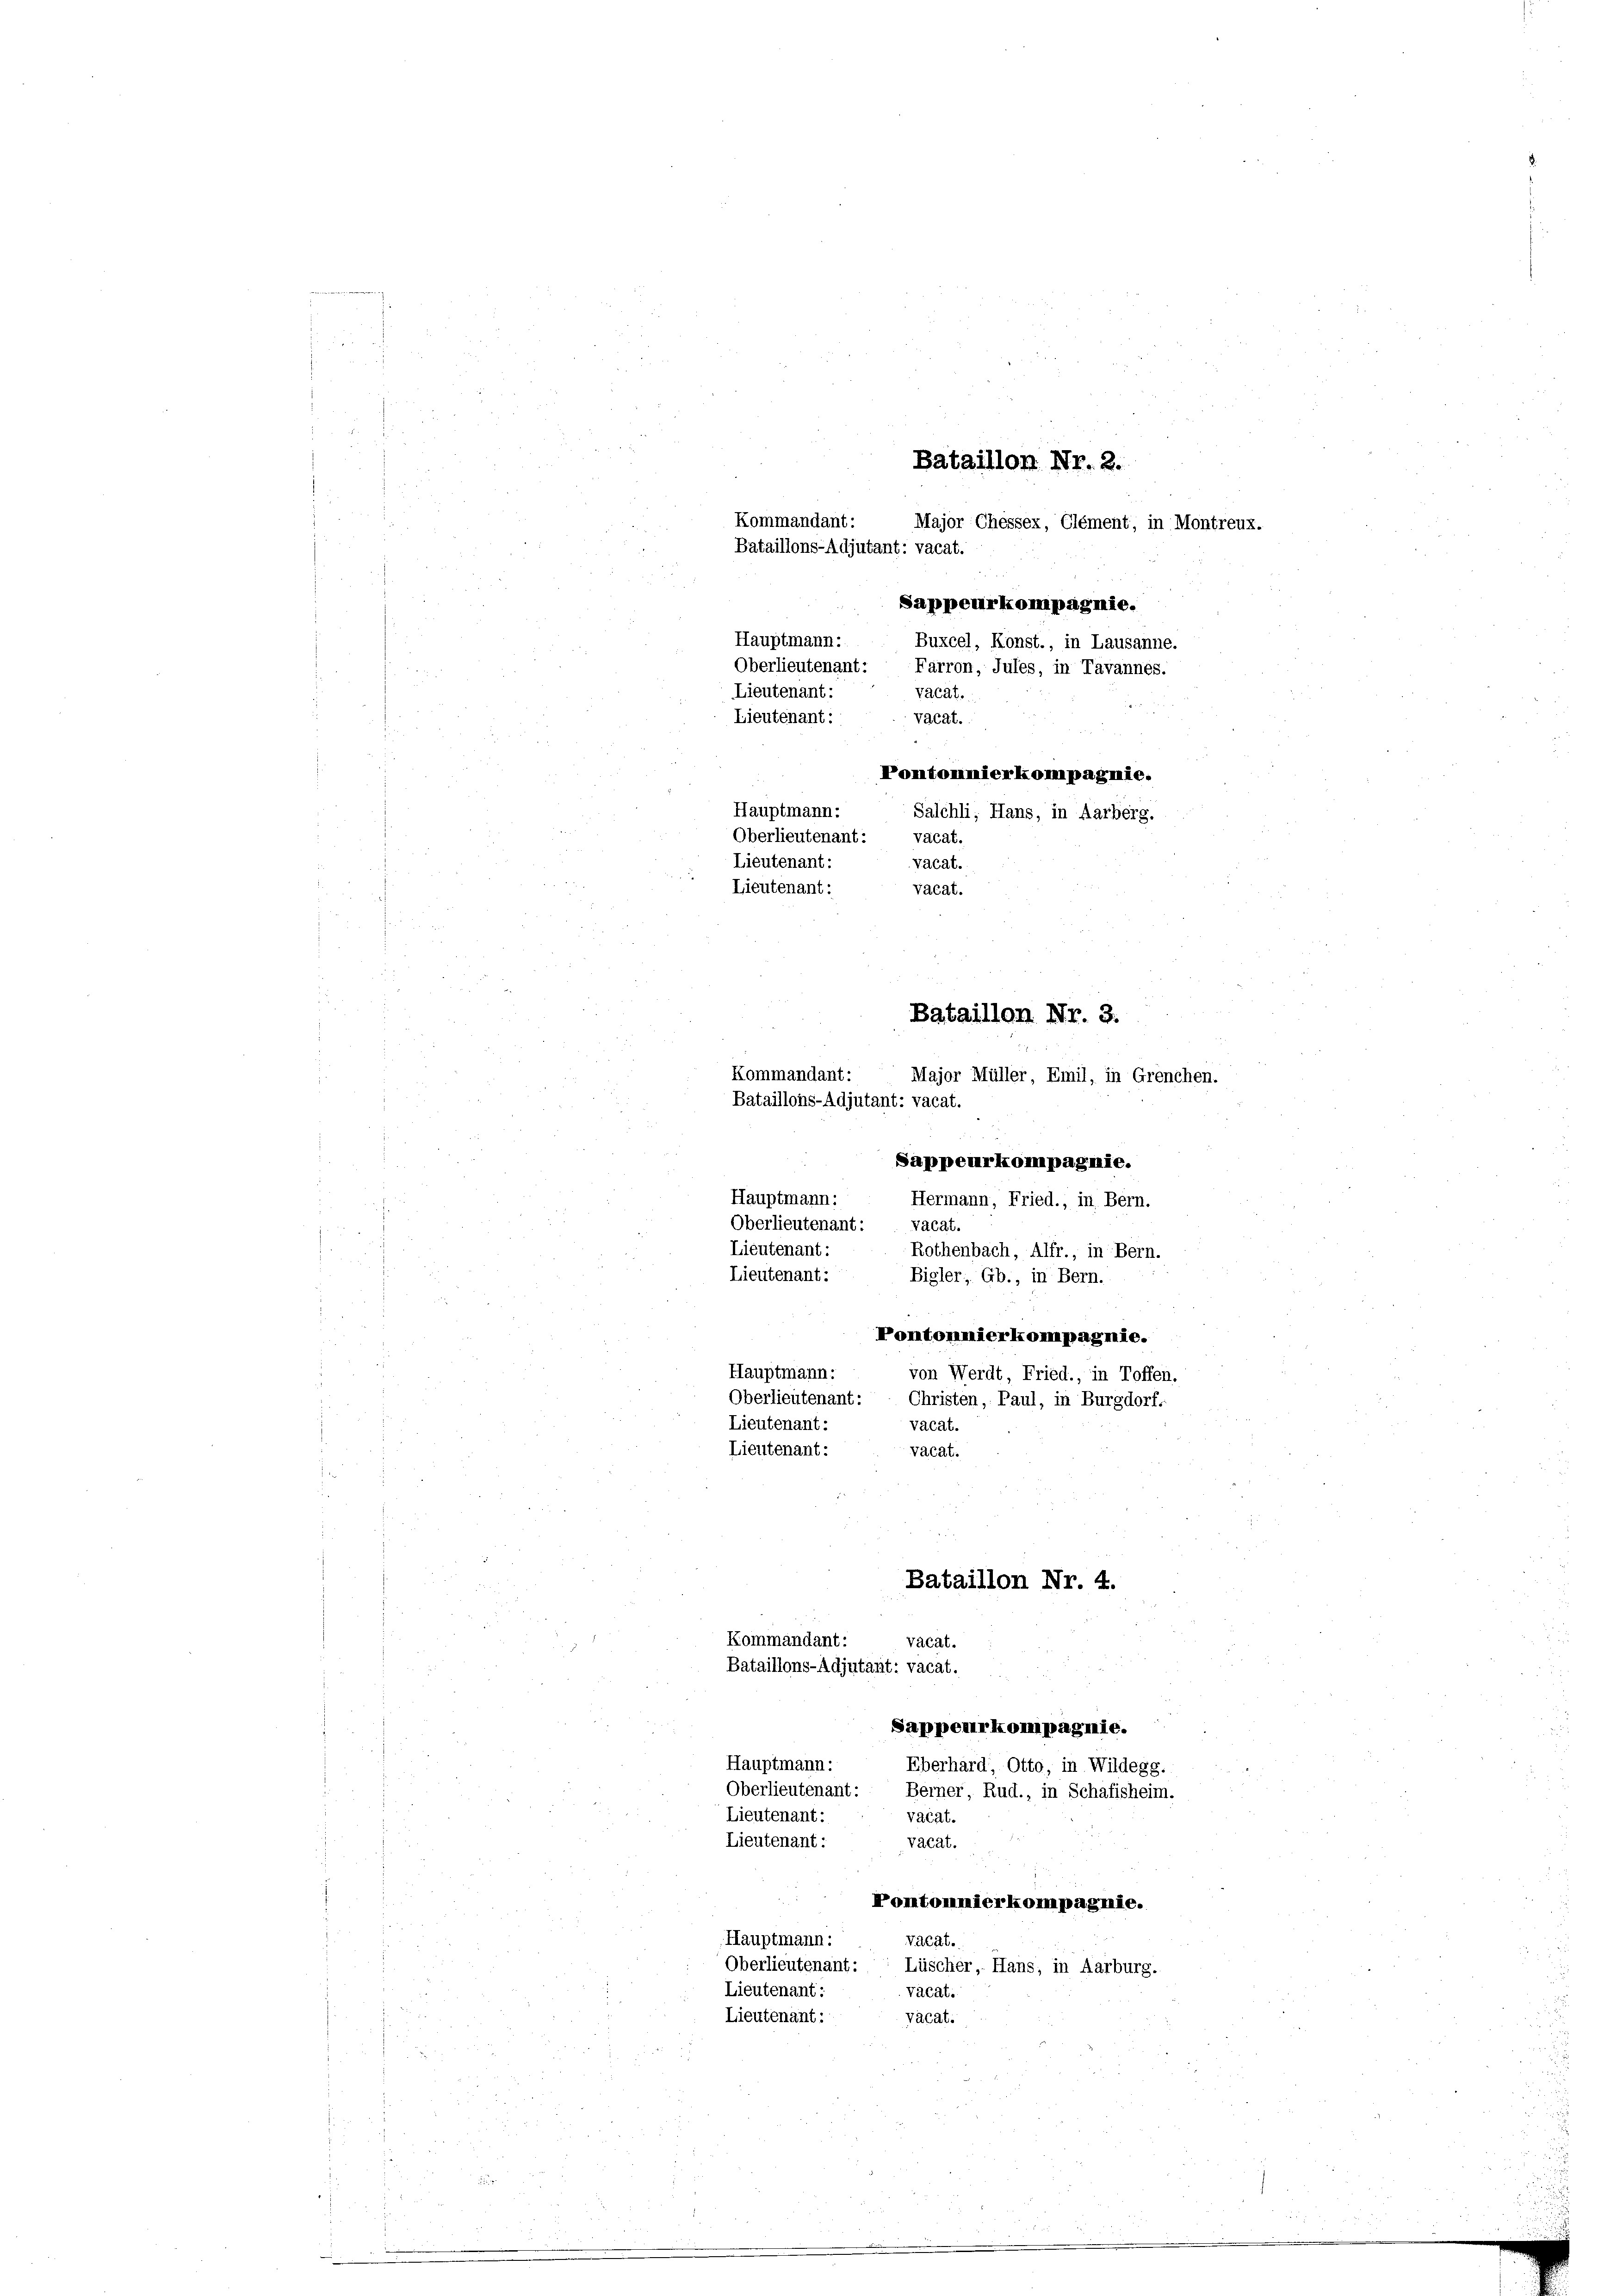
22

Bataillon Nr. 2.
Kommandant:
Major Chessex, Clément, in Montreux.
Bataillons-Adjutant: vacat.
Sappeurkompagnie.
Buxcel, Konst., in Lausanne.
Oberlieutenant: Farron, Jules, in Tavannes.
Vacat.
Lieutenant:
vacat.
Pontomimierkompagnie.
Hauptmann:
Salchli, Hans, in Aarberg.
Oberlieutenant: vacat.
Lieutenant:
vacat.
Lieutenant:
vacat.
Bataillon Nr. 3.
Kommandant:
Major Müller Emil, in Grenchen.
Bataillons-Adjutant: vacat.

Sappeurkompagnie.
Hauptmann:
Hermann, Fried., in Bern.
Oberlieutenant: vacat.
Lieutenant:
Rothenbach, Alfr., in Bern.
Lieutenant:
Bigler, Gb., in Bern.
Pontonnierkompagnie.
Hauptmann:
von Werdt, Fried., in Toffen.
Oberlieutenant: Christen, Paul, in Burgdorf.
vacat.
Lieutenant:
Lieutenant:
vacat.

Sappeurkompagnie.
Hauptmann:
Eberhard, Otto, in Wildegg.
Oberlieutenant: Berner Rud., in Schafisheim.
Lieutenant:
vacat.
Lieutenant:
vacat.
Pontommierkompagnie.
Vacat.
Hauptmann:
Oberlieutenant: Lüscher, Hans, in Aarburg.
Lieutenant:
vacat.
Lieutenant:
vacat.

Kommandant:

Hauptmann:
Lieutenant:

vacat.
Bataillons-Adjutant: vacat.

Bataillon Nr. 4.